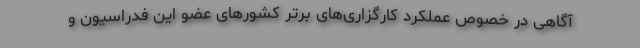
آگاهی در خصوص عملکرد کارگزاری‌های برتر کشورهای عضو این فدراسیون و